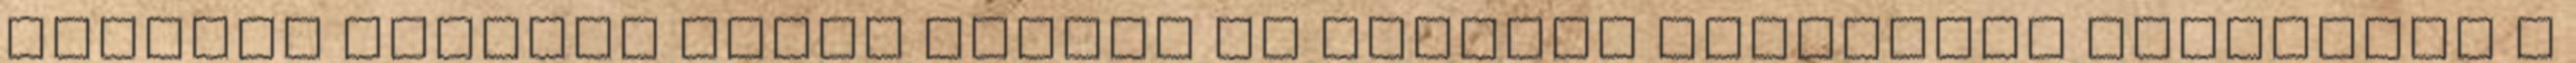
legelső olvasók pedig nagyon is pozitív véleményt formáltak a